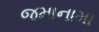
જમાનામા